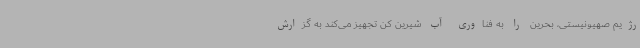
رژیم صهیونیستی، بحرین را به فناوری آب شیرین کن تجهیز می‌کند به گزارش